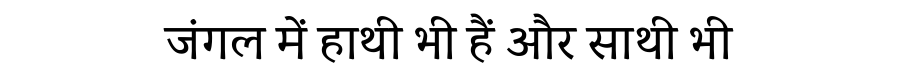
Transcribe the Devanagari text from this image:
जंगल में हाथी भी हैं और साथी भी